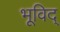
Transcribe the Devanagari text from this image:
भूविद्